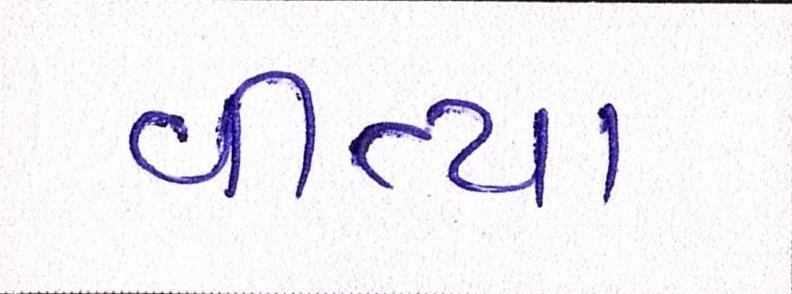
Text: વીત્યા